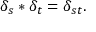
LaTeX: \delta _ { s } * \delta _ { t } = \delta _ { s t } .